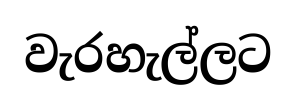
වැරහැල්ලට